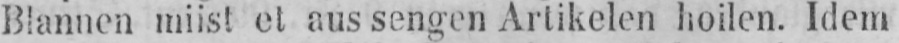
Blannen miist et aus sengen Artikelen hoilen. Idem